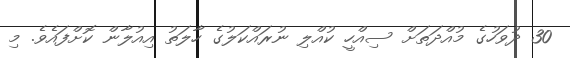
30 ދުވަހުގެ މުއްދަތަށް ސިއްހީ ކުއްލި ނުރައްކަލުގެ ހާލަތު އިއުލާން ކޮށްފައެވެ. މި